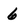
Character: 6